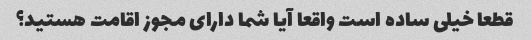
قطعا خیلی ساده است واقعا آیا شما دارای مجوز اقامت هستید؟